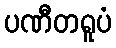
ပဏီတရူပံ